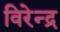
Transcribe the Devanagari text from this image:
विरेन्‍द्र